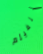
للفيلم